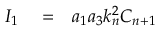
\begin{array} { r l r } { I _ { 1 } } & { { } = } & { a _ { 1 } a _ { 3 } k _ { n } ^ { 2 } C _ { n + 1 } } \end{array}